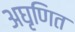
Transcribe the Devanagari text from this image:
अघृणित